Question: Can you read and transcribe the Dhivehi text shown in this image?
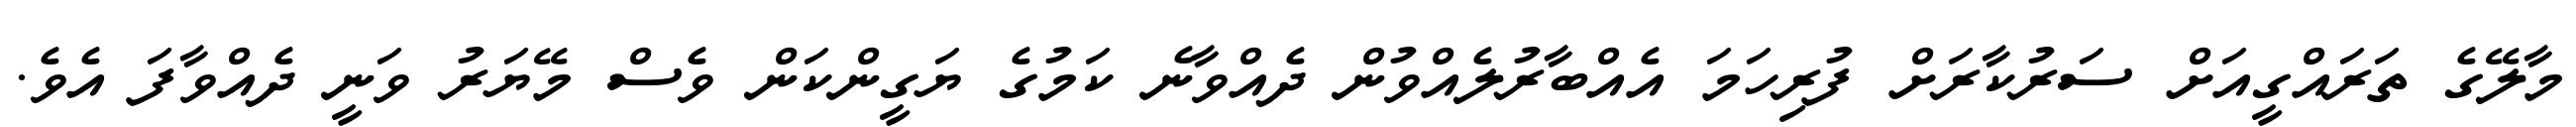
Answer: މާލޭގެ ތަރައްގީއަށް ސަރުކާރަށް ފުރިހަމަ އެއްބާރުލެއްވުން ދެއްވާނެ ކަމުގެ ޔަގީންކަން ވެސް މޭޔަރު ވަނީ ދެއްވާފަ އެވެ.